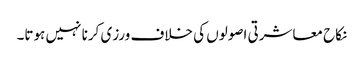
نکاح معاشرتی اصولوں کی خلاف ورزی کرنا نہیں ہوتا۔